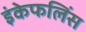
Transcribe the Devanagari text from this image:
इंकेफलिंस